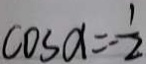
\cos a = - \frac { 1 } { 2 }